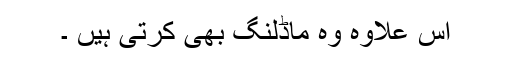
اس علاوہ وہ ماڈلنگ بھی کرتی ہیں ۔